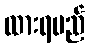
ထားရမည်